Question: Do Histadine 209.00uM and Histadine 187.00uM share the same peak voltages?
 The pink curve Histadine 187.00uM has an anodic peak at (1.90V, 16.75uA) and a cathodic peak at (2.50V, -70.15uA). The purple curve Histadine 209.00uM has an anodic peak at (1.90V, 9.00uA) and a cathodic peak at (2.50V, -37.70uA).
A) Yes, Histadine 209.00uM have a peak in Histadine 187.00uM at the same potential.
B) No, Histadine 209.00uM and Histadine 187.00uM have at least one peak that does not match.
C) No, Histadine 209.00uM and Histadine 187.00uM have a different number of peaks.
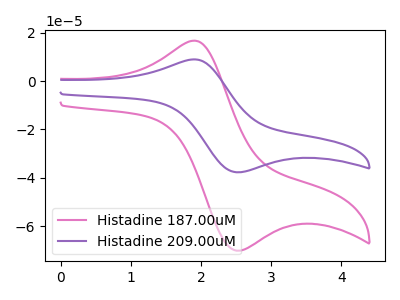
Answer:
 <answer>A) Yes, "Histadine 209.00uM" have a peak in "Histadine 187.00uM" at the same potential.</answer>
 <eval>A</eval>